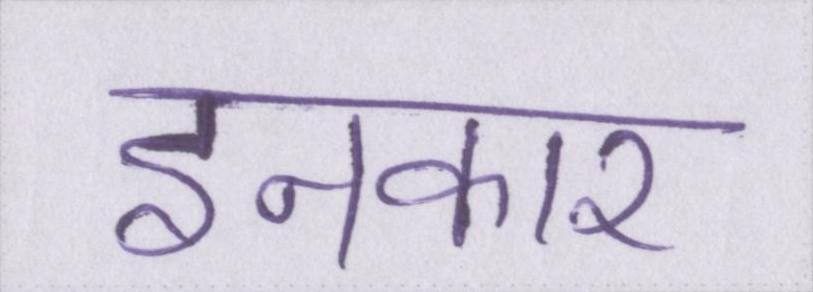
इनकार